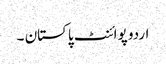
اردو پوائنٹ پاکستان ۔